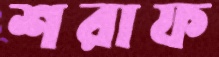
শরাফ